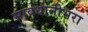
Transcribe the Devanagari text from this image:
सावधानीभरा